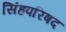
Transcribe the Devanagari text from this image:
सिंहपरिषद